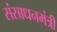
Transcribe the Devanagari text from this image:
संसाधनमंत्री